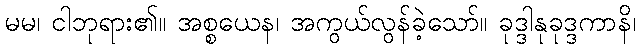
မမ၊ ငါဘုရား၏။ အစ္စယေန၊ အကွယ်လွန်ခဲ့သော်။ ခုဒ္ဒါနုခုဒ္ဒကာနိ၊